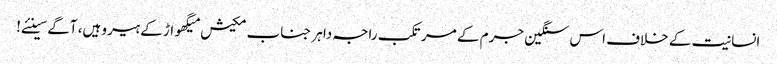
انسانیت کے خلاف اس سنگین جرم کے مرتکب راجہ داہر جناب مکیش میگھواڑ کے ہیرو ہیں، آگے سینئے!